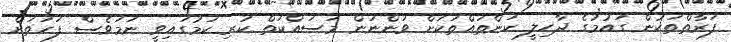
ފަރާތްތަކުން ގައުމުގެ ދާހިލީ ކަންތައްތަކަށް ވަންނަން މަސައްކަތް ކުރި ކަމުގައިވީ ނަމަވެސް ފަހަތަށް